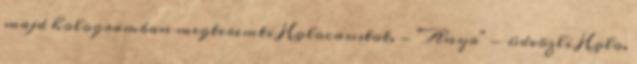
majd hologramban megteremti Holocaustot. - "Anya" - üdvözli Holo.